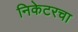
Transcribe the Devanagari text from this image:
निकेटरचा